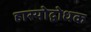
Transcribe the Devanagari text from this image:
हास्योद्बोधक